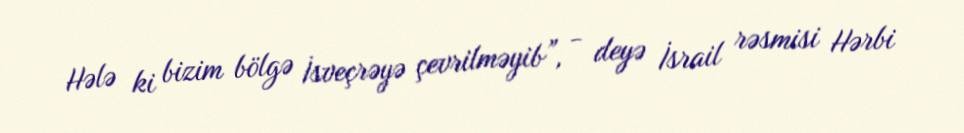
Hələ ki bizim bölgə İsveçrəyə çevrilməyib”, - deyə İsrail rəsmisi Hərbi